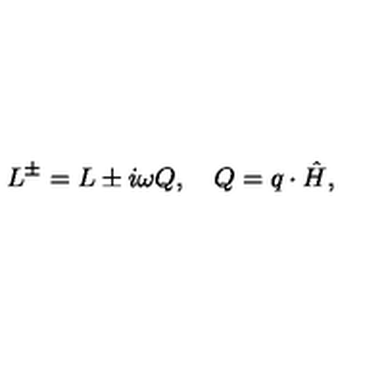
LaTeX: L ^ { \pm } = L \pm i \omega Q , \quad Q = q \cdot \hat { H } ,